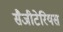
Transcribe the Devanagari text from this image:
सैजीटेरियस